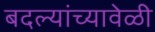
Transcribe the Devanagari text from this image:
बदल्यांच्यावेळी